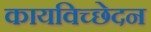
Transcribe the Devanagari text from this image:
कायविच्छेदन